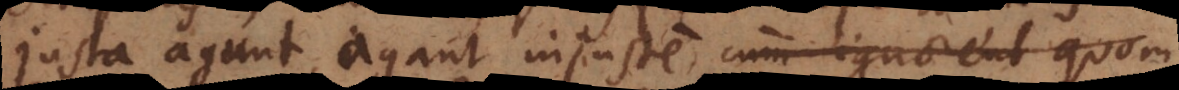
justa agunt, agant injuste, cum ignorent quom